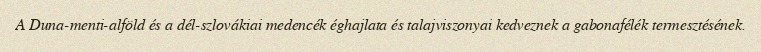
A Duna-menti-alföld és a dél-szlovákiai medencék éghajlata és talajviszonyai kedveznek a gabonafélék termesztésének.